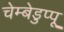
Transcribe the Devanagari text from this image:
चेम्बेडुप्पू